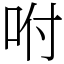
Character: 咐